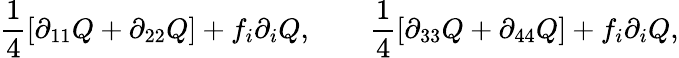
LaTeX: \frac{1}{4}\left[\partial_{11}Q+\partial_{22}Q\right]+f_{i}\partial_{i}Q,\qquad\frac{1}{4}\left[\partial_{33}Q+\partial_{44}Q\right]+f_{i}\partial_{i}Q,